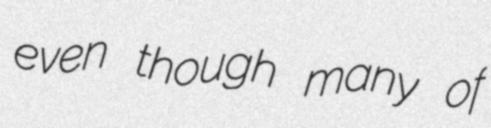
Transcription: even though many of